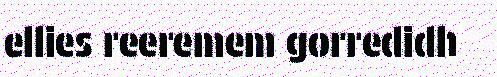
ellies reeremem gorredidh